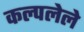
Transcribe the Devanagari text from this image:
कल्पलेले